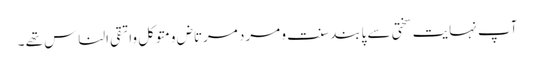
آپ نہایت سختی سے پابند سنت و مرد مرتاض ومتوکل واتقی الناس تھے ۔